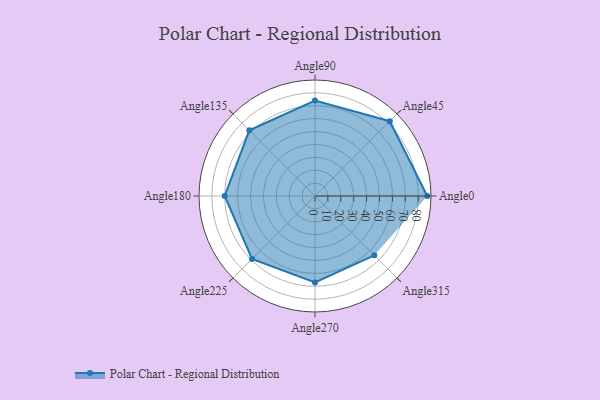
{"axis": {"x": "Angle", "y": "Radius"}, "legend": [""], "data": [{"x": "Angle0", "y": 87.0, "type": ""}, {"x": "Angle45", "y": 82.0, "type": ""}, {"x": "Angle90", "y": 74.0, "type": ""}, {"x": "Angle135", "y": 72.0, "type": ""}, {"x": "Angle180", "y": 70.0, "type": ""}, {"x": "Angle225", "y": 69.0, "type": ""}, {"x": "Angle270", "y": 67.0, "type": ""}, {"x": "Angle315", "y": 65.0, "type": ""}]}